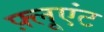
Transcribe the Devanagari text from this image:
फ़्लूएंट